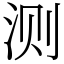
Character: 测